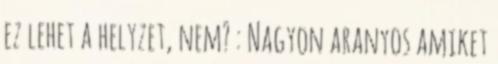
ez lehet a helyzet, nem? : Nagyon aranyos amiket